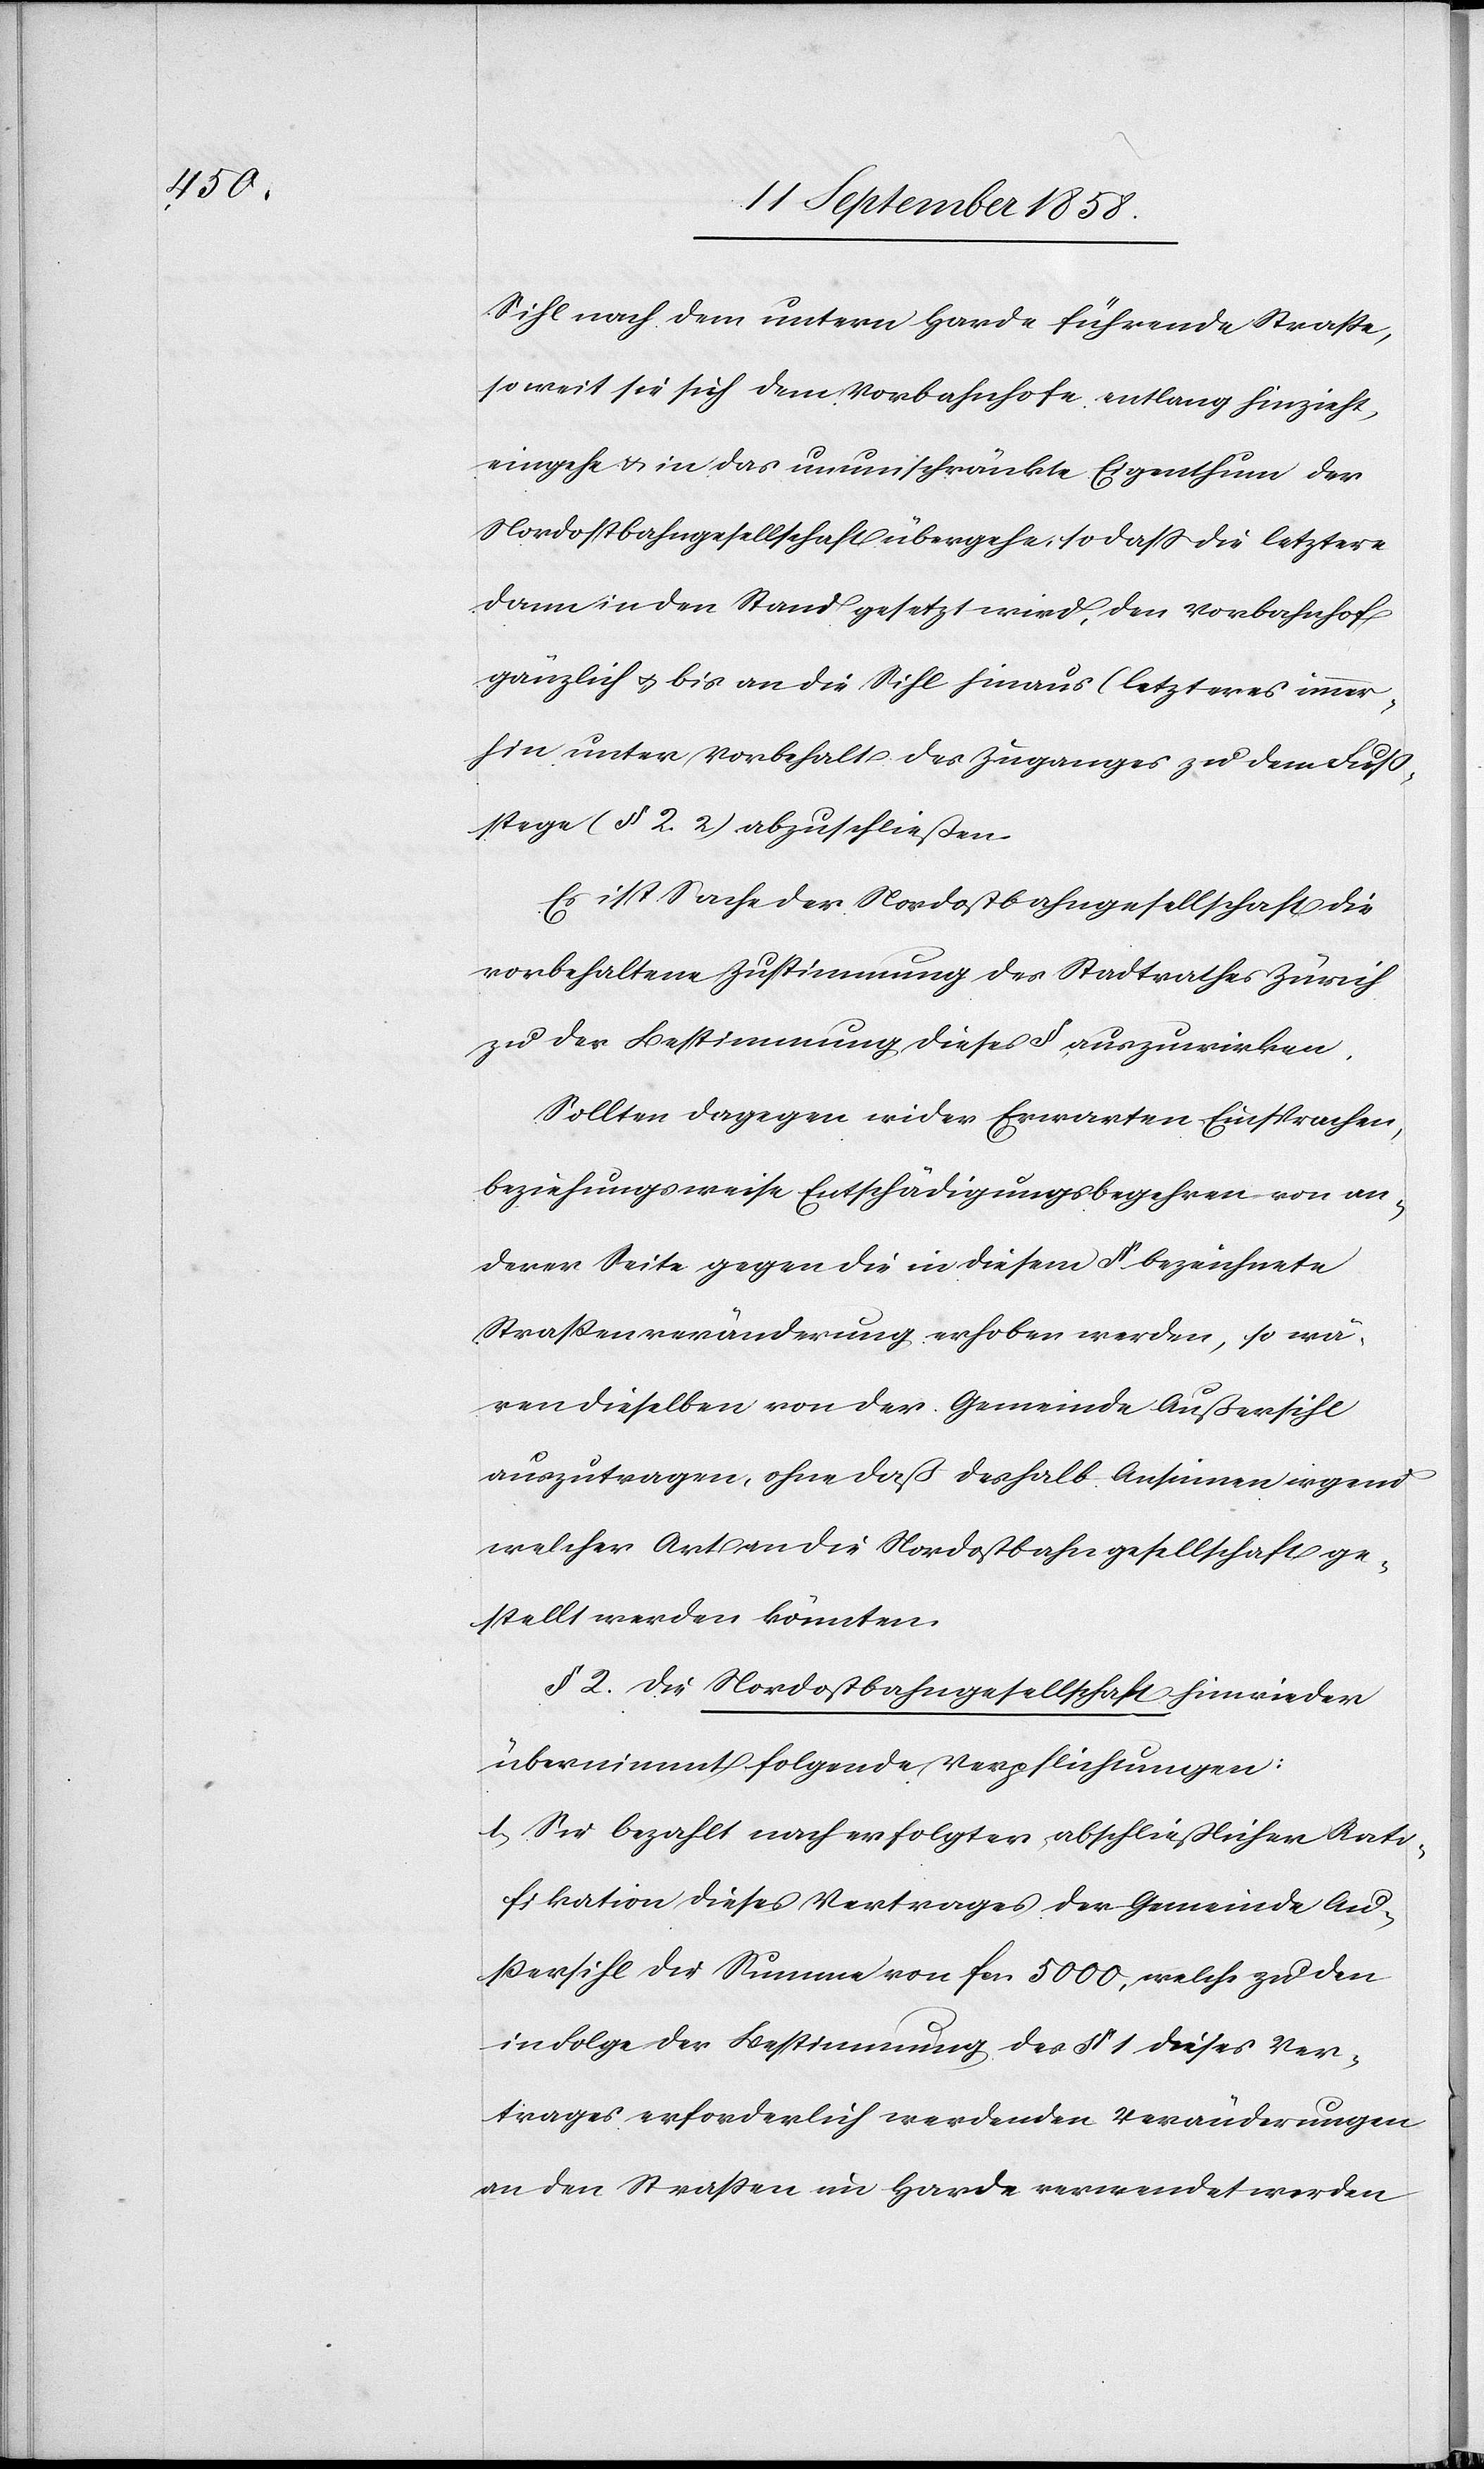
Sihl nach dem untern Harde führende Straße,
so weit sie sich dem Vorbahnhofe entlang hinzieht,
eingehe & in das unumschränkte Eigenthum der
Nordostbahngesellschaft übergehe, so dass die letztere
dann in den Stand gesetzt wird, den Vorbahnhof
gänzlich & bis an die Sihl hinaus (letzteres immer¬
hin unter Vorbehalt des Zuganges zu dem Fuß¬
stege (§ 2. 2)[)] abzuschließen.
Es ist Sache der Nordostbahngesellschaft die
vorbehaltene Zustimmung des Stadtrathes Zürich
zu der Bestimmung dieses § auszuwirken.
Sollten dagegen wider Erwarten Einsprachen,
beziehungsweise Entschädigungsbegehren von an¬
derer Seite gegen die in diesem § bezeichnete
Straßenveränderung erhoben werden, so wä¬
ren dieselben von der Gemeinde Außersihl
auszutragen, ohne daß deshalb Ansinnen irgend
welcher Art an die Nordostbahngesellschaft ge¬
stellt werden könnten.
§ 2. Die Nordostbahngesellschaft hinwieder
übernimmt folgende Verpflichtungen:
1. Sie bezahlt nach erfolgter abschließlicher Rati¬
fikation dieses Vertrages der Gemeinde Au¬
ßersihl die Summe von fcs. 5000, welche zu den
in Folge der Bestimmung des § 1 dieses Ver¬
trages erforderlich werdenden Veränderungen
an den Straßen im Harde verwendet werden